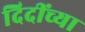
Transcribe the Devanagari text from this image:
दिदींच्या